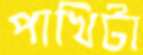
পাখিটা